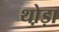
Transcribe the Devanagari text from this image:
थो़ड़ा